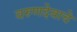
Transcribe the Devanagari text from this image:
वरुणदेवाचे